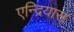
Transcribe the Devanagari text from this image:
एन्द्रियास